Civil Veterinary Department Bihar & Orissa reports 1911-21 - 1911-1921
Year: 1911
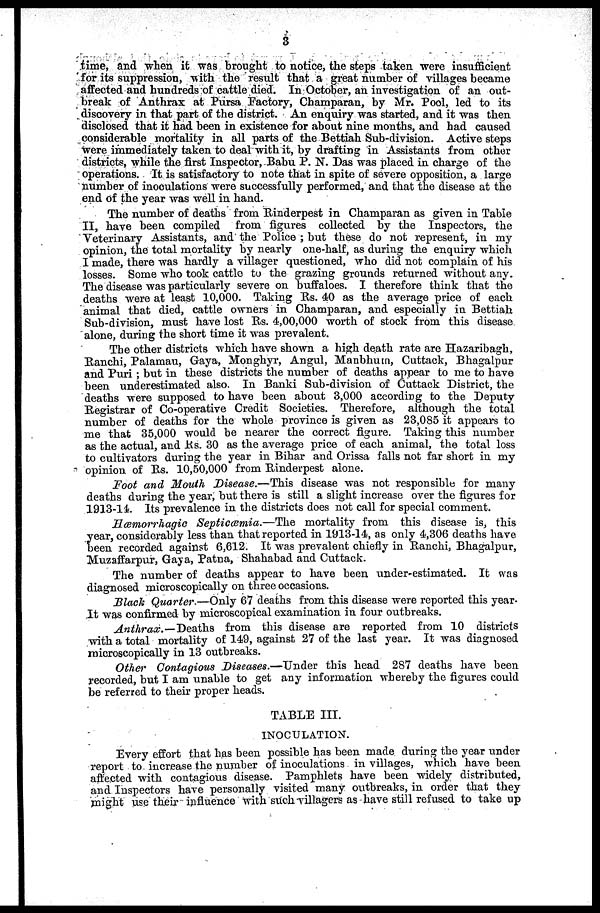
3
time, and when it was brought to notice, the steps taken were insufficient
for its suppression, with the result that a great number of villages became
affected and hundreds of cattle died. In October, an investigation of an out-
break of Anthrax at Pursa Factory, Champaran, by Mr. Pool, led to its
discovery in that part of the district. An enquiry was started, and it was then
disclosed that it had been in existence for about nine months, and had caused
considerable mortality in all parts of the Bettiah Sub-division. Active steps
were immediately taken to deal with it, by drafting in Assistants from other
districts, while the first Inspector, Babu. P. N. Das was placed in charge of the
operations. It is satisfactory to note that in spite of severe opposition, a large
number of inoculations were successfully performed, and that the disease at the
end of the year was well in hand.
The number of deaths from Rinderpest in Champaran as given in Table
II, have been compiled from figures collected by the Inspectors, the
Veterinary Assistants, and the Police ; but these do not represent, in my
opinion, the total mortality by nearly one-half, as during the enquiry which
I made, there was hardly a villager questioned, who did not complain of his
losses. Some who took cattle to the grazing grounds returned without any.
The disease was particularly severe on buffaloes. I therefore think that the
deaths were at least 10,000. Taking Rs. 40 as the average price of each
animal that died, cattle owners in Champaran, and especially in Bettiah
Sub-division, must have lost Rs. 4,00 000 worth of stock from this disease
alone, during the short time it was prevalent.
The other districts which have shown a high death rate are Hazaribagh,
Ranchi, Palamau, Gaya, Monghyr, Angul, Manbhum, Cuttack, Bhagalpur
and Puri ; but in these districts the number of deaths appear to me to have
been underestimated also. In Banki Sub-division of Cuttack District, the
deaths were supposed to have been about 3,000 according to the Deputy
Registrar of Co-operative Credit Societies. Therefore, although the total
number of deaths for the whole province is given as 23,085 it appears to
me that 35,000 would be nearer the correct figure. Taking this number
as the actual, and Rs. 30 as the average price of each animal, the total loss
to cultivators during the year in Bihar and Orissa falls not far short in my
opinion of Rs. 10,50,000 from Binderpest alone.
Foot and Mouth Disease.—This disease was not responsible for many
deaths during the year, but there is still a slight increase over the figures for
1913-14. Its prevalence in the districts does not call for special comment.
Hæmorrhagic Septicæmia.—The mortality from this disease is, this
year, considerably less than that reported in 1913-14, as only 4,306 deaths have
been recorded against 6,612. It was prevalent chiefly in Ranchi, Bhagalpur,
Muzaffarpur, Gaya, Patna, Shahabad and Cuttack.
The number of deaths appear to have been under-estimated. It was
diagnosed microscopically on three occasions.
Black Quarter.—Only 67 deaths from this disease were reported this year-
It was confirmed by microscopical examination in four outbreaks.
Anthrax.—Deaths
from this disease are reported from 10 districts
with a total mortality of 149, against 27 of the last year. It was diagnosed
microscopically in 13 outbreaks.
Other Contagious Diseases.—Under this head 287 deaths have been
recorded, but I am unable to get any information whereby the figures could
be referred to their proper heads.
TABLE III.
INOCULATION.
Every effort that has been possible has been made during the year under
report to increase the number of inoculations in villages, which have been
affected with contagious disease. Pamphlets have been widely distributed,
and Inspectors have personally visited many outbreaks, in order that they
might use their influence with such villagers as have still refused to take up